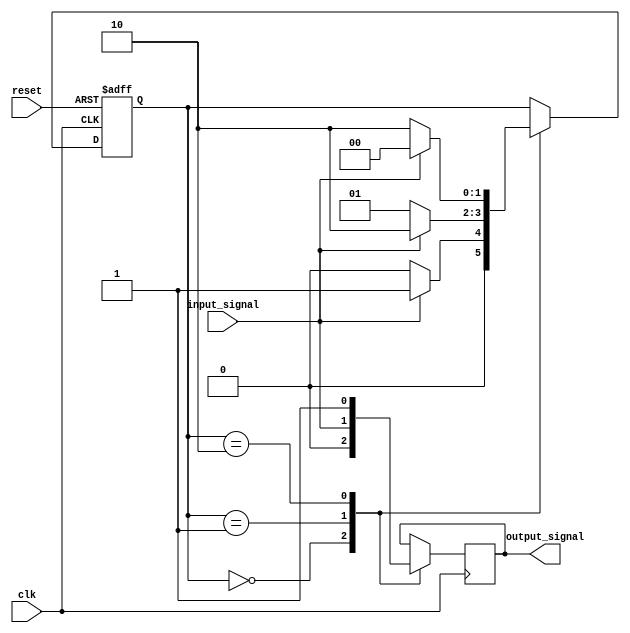
module Mealy_State_Machine_with_Wait_States (
    input wire clk,
    input wire reset,
    input wire input_signal,
    output reg output_signal
);

// State variables
parameter stateA = 2'b00;
parameter stateB = 2'b01;
parameter stateC = 2'b10;

reg [1:0] state;
reg wait_state;

// State transitions based on input signals and current state
always @(posedge clk or posedge reset) begin
    if (reset) begin
        state <= stateA;
        wait_state <= 0;
    end else begin
        case (state)
            stateA: begin
                if (input_signal) begin
                    state <= stateB;
                    wait_state <= 1;
                end else begin
                    state <= stateA;
                    wait_state <= 0;
                end
            end

            stateB: begin
                if (input_signal) begin
                    state <= stateC;
                    wait_state <= 1;
                end else begin
                    state <= stateB;
                    wait_state <= 0;
                end
            end

            stateC: begin
                if (input_signal) begin
                    state <= stateA;
                    wait_state <= 1;
                end else begin
                    state <= stateC;
                    wait_state <= 0;
                end
            end
        endcase
    end
end

// Output signals based on current state and input signals
always @(posedge clk) begin
    case (state)
        stateA: output_signal <= 1'b0;
        stateB: output_signal <= input_signal;
        stateC: output_signal <= 1'b1;
    endcase
end

endmodule